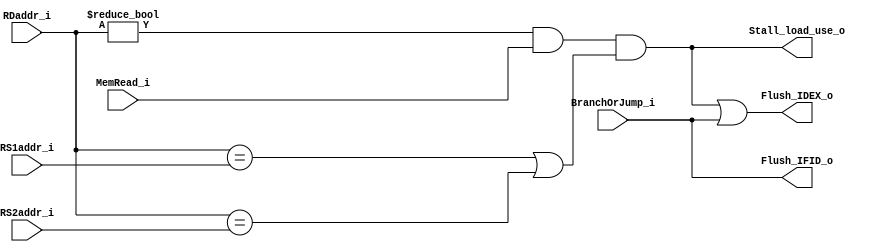
module Hazard_Detection_Unit(
    MemRead_i,
    RDaddr_i,
    RS1addr_i,
    RS2addr_i,
    BranchOrJump_i,
    Stall_load_use_o,
    Flush_IFID_o,
    Flush_IDEX_o
);

    // Ports
    input        MemRead_i, BranchOrJump_i;
    input  [4:0] RDaddr_i, RS1addr_i, RS2addr_i;
    output       Stall_load_use_o, Flush_IFID_o, Flush_IDEX_o;

    assign tmp                 = (RDaddr_i == RS1addr_i) | (RDaddr_i == RS2addr_i);
    assign Stall_load_use_o    = (RDaddr_i != 5'b0) & MemRead_i & tmp;
    assign Flush_IDEX_o        = Stall_load_use_o | BranchOrJump_i;
    assign Flush_IFID_o        = BranchOrJump_i;

endmodule